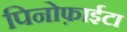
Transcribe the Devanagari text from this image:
पिनोफ़ाईटा